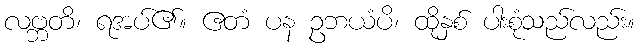
လဗ္ဘတိ၊ ရအပ်၏။ ဧတံ ပန ဥဘယံပိ၊ ထိုနှစ် ပါးစုံသည်လည်း။